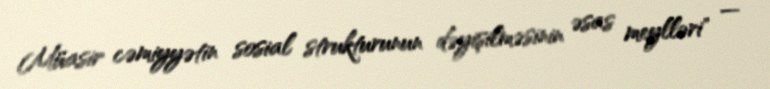
Müasir cəmiyyətin sosial strukturunun dəyişilməsinin əsas meylləri" —